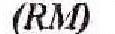
(RM)